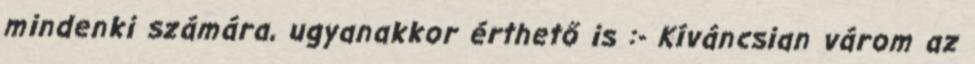
mindenki számára, ugyanakkor érthető is :- Kíváncsian várom az